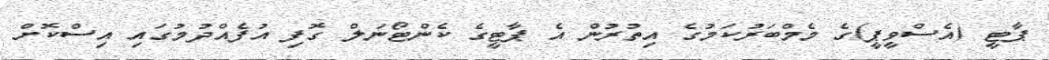
ޕާޓީ (އެސްވީޕީ)ގެ މެމްބަރުކަމުގެ އިތުރުން އެ ޕާޓީގެ ކެންޓޯނަލް ގޮފި އުފެއްދުމުގައި އިސްކޮށް